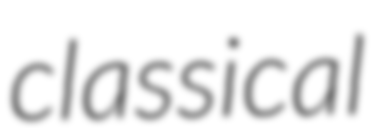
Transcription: classical